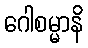
ဂေါစမ္မာနိ